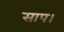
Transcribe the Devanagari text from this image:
साप।